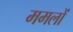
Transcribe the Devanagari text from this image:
ममलों